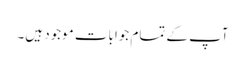
آپ کے تمام جوابات موجود ہیں۔